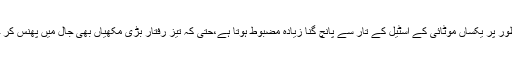
مکڑی کا جال حیرت انگیز طور پر یکساں موٹائی کے اسٹیل کے تار سے پانچ گنا زیادہ مضبوط ہوتا ہے،حتیٰ کہ تیز رفتار بڑی مکھیاں بھی جال میں پھنس کر خود کو آزاد نہیں کرواسکتیں۔